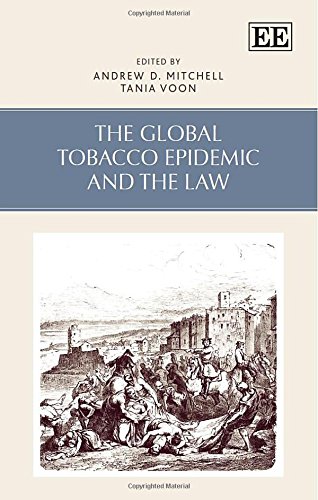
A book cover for The Global Tobacco Epidemic and the Law; Andrew D. Mitchell; Health, Fitness & Dieting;